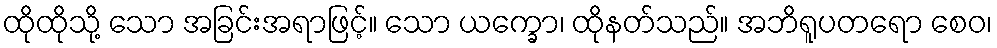
ထိုထိုသို့ သော အခြင်းအရာဖြင့်။ သော ယက္ခော၊ ထိုနတ်သည်။ အဘိရူပတရော စေဝ၊